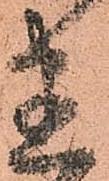
置